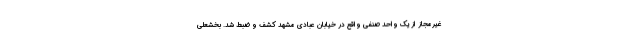
غیرمجاز از یک واحد صنفی واقع در خیابان عبادی مشهد کشف و ضبط شد. بخشعلی